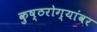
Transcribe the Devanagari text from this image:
कुष्ठरोग्यांवर